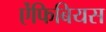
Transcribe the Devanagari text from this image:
ऐंफिबियस